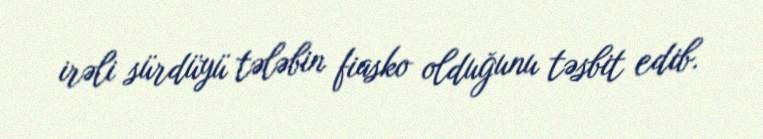
irəli sürdüyü tələbin fiasko olduğunu təsbit edib.